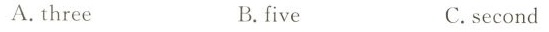
A.three B.five C.second